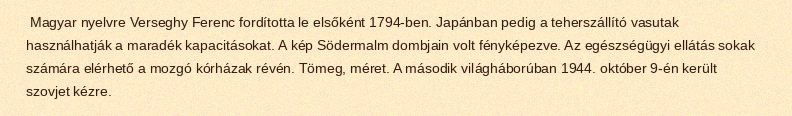
Magyar nyelvre Verseghy Ferenc fordította le elsőként 1794-ben. Japánban pedig a teherszállító vasutak használhatják a maradék kapacitásokat. A kép Södermalm dombjain volt fényképezve. Az egészségügyi ellátás sokak számára elérhető a mozgó kórházak révén. Tömeg, méret. A második világháborúban 1944. október 9-én került szovjet kézre.